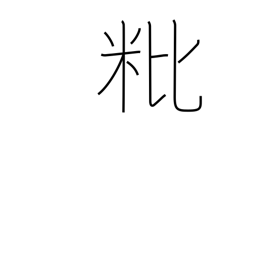
Meaning: empty grain husk